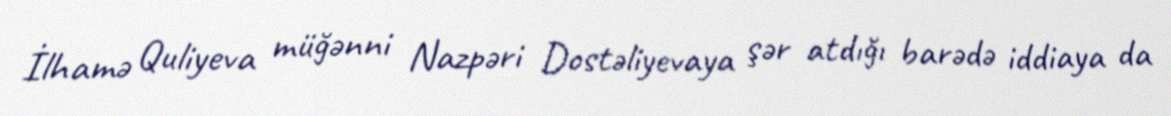
İlhamə Quliyeva müğənni Nazpəri Dostəliyevaya şər atdığı barədə iddiaya da